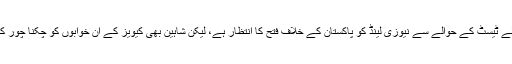
کل سے شروع ہونے والے ٹیسٹ کے حوالے سے نیوزی لینڈ کو پاکستان کے خلاف فتح کا انتظار ہے، لیکن شاہین بھی کیویز کے ان خوابوں کو چکنا چور کرنے کیلئے پر عزم ہیں۔